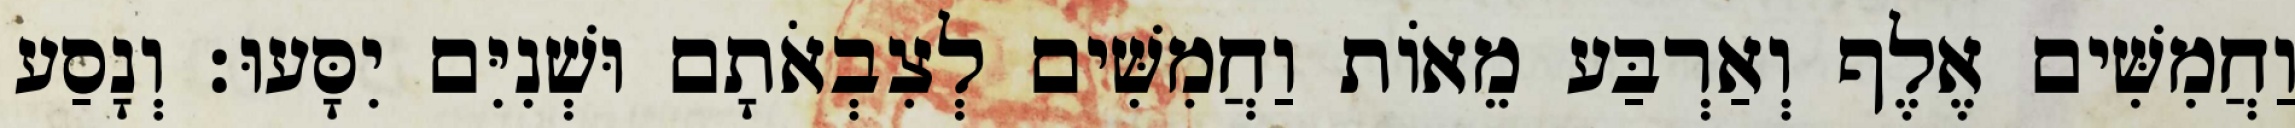
וַחֲמִשִּׁים אֶלֶף וְאַרְבַּע מֵאוֹת וַחֲמִשִּׁים לְצִבְאֹתָם וּשְׁנִיִּם יִסָּעוּ׃ וְנָסַע